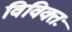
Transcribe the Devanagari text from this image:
विविक्तः